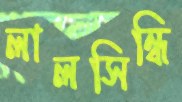
লালসিন্ধি